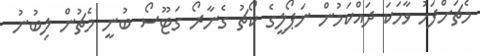
މެޗަށްފަހު ވާހަކަ ދައްކަމުން ނަޕޯލީގެ ކޯޗު ގެނާރޯ ގަޓޫސޯ ބުނީ މެޗުން ލިބުނު